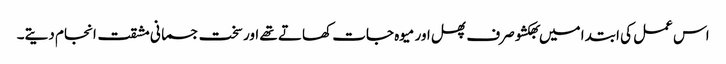
اس عمل کی ابتدا میں بھکشو صرف پھل اور میوہ جات کھاتے تھے اور سخت جسمانی مشقت انجام دیتے۔